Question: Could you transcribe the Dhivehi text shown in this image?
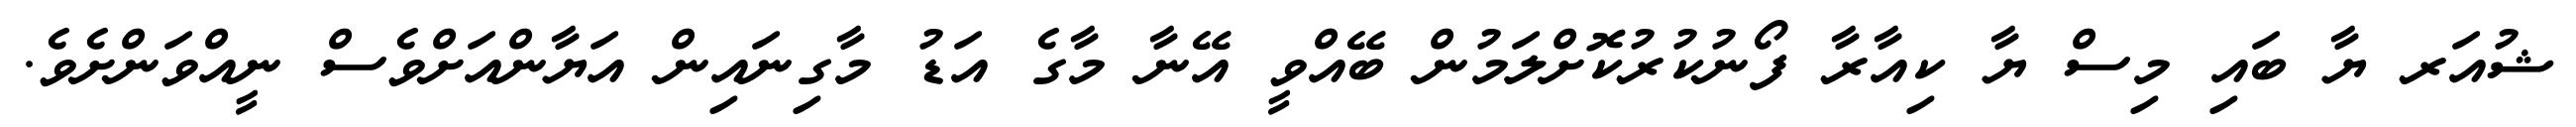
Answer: ޝުއަރ ޔާ ބައި މިސް ޔާ ކިއާރާ ފޯނުކުރުކޮށްލަމުން ބޭއްވީ އޭނާ މާގެ އަޑު މާގިނައިން އަޔާންއަށްވެސް ނީއްވަންށެވެ.